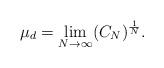
LaTeX: \begin{align*} \mu_d=\lim_{N\to \infty} (C_N)^{\frac{1}{N}}.\end{align*}